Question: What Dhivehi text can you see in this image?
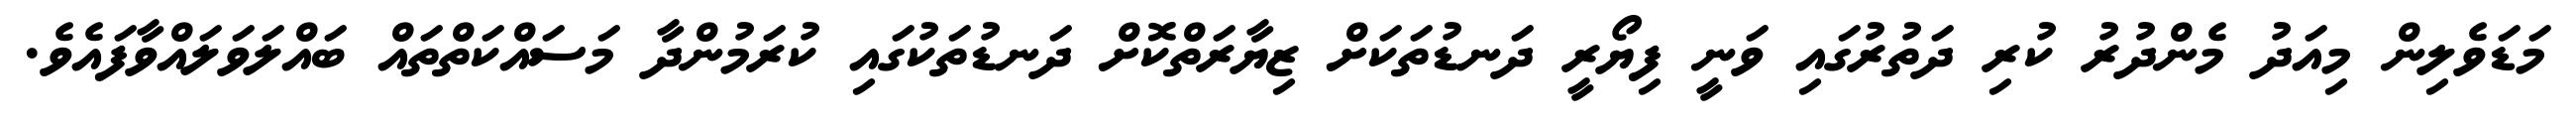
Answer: މަޑަވެލިން މިއަދު މެންދުރު ކުރި ދަތުރުގައި ވަނީ ފިޔޯރީ ދަނޑުތަކަށް ޒިޔާރަތްކޮށް ދަނޑުތަކުގައި ކުރަމުންދާ މަސައްކަތްތައް ބައްލަވަލައްވާފައެވެ.